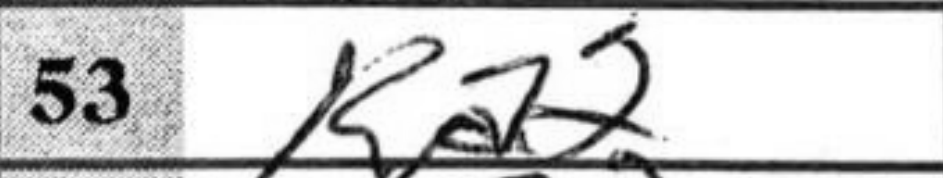
Transcription: Ra2